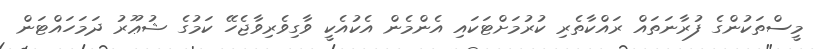
މީސްތަކުންގެ ފުރާނަތައް ރައްކާތެރި ކުރުމަށްޓަކައި އެންމެން އެކުއެކީ ވާގިވެރިވާޖެހޭ ކަމުގެ ޝުޢޫރު ދަމަހައްޓަން